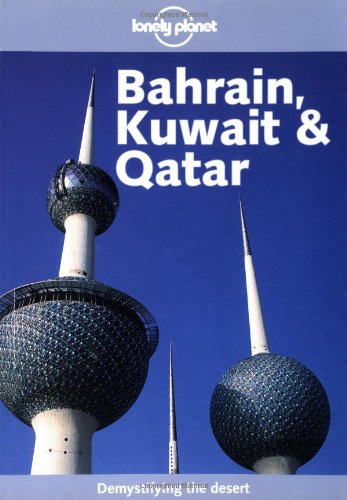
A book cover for Lonely Planet Bahrain, Kuwait & Qatar; Gordon Robison; Travel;